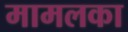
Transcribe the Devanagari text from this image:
मामलका